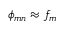
\phi _ { m n } \approx f _ { m }